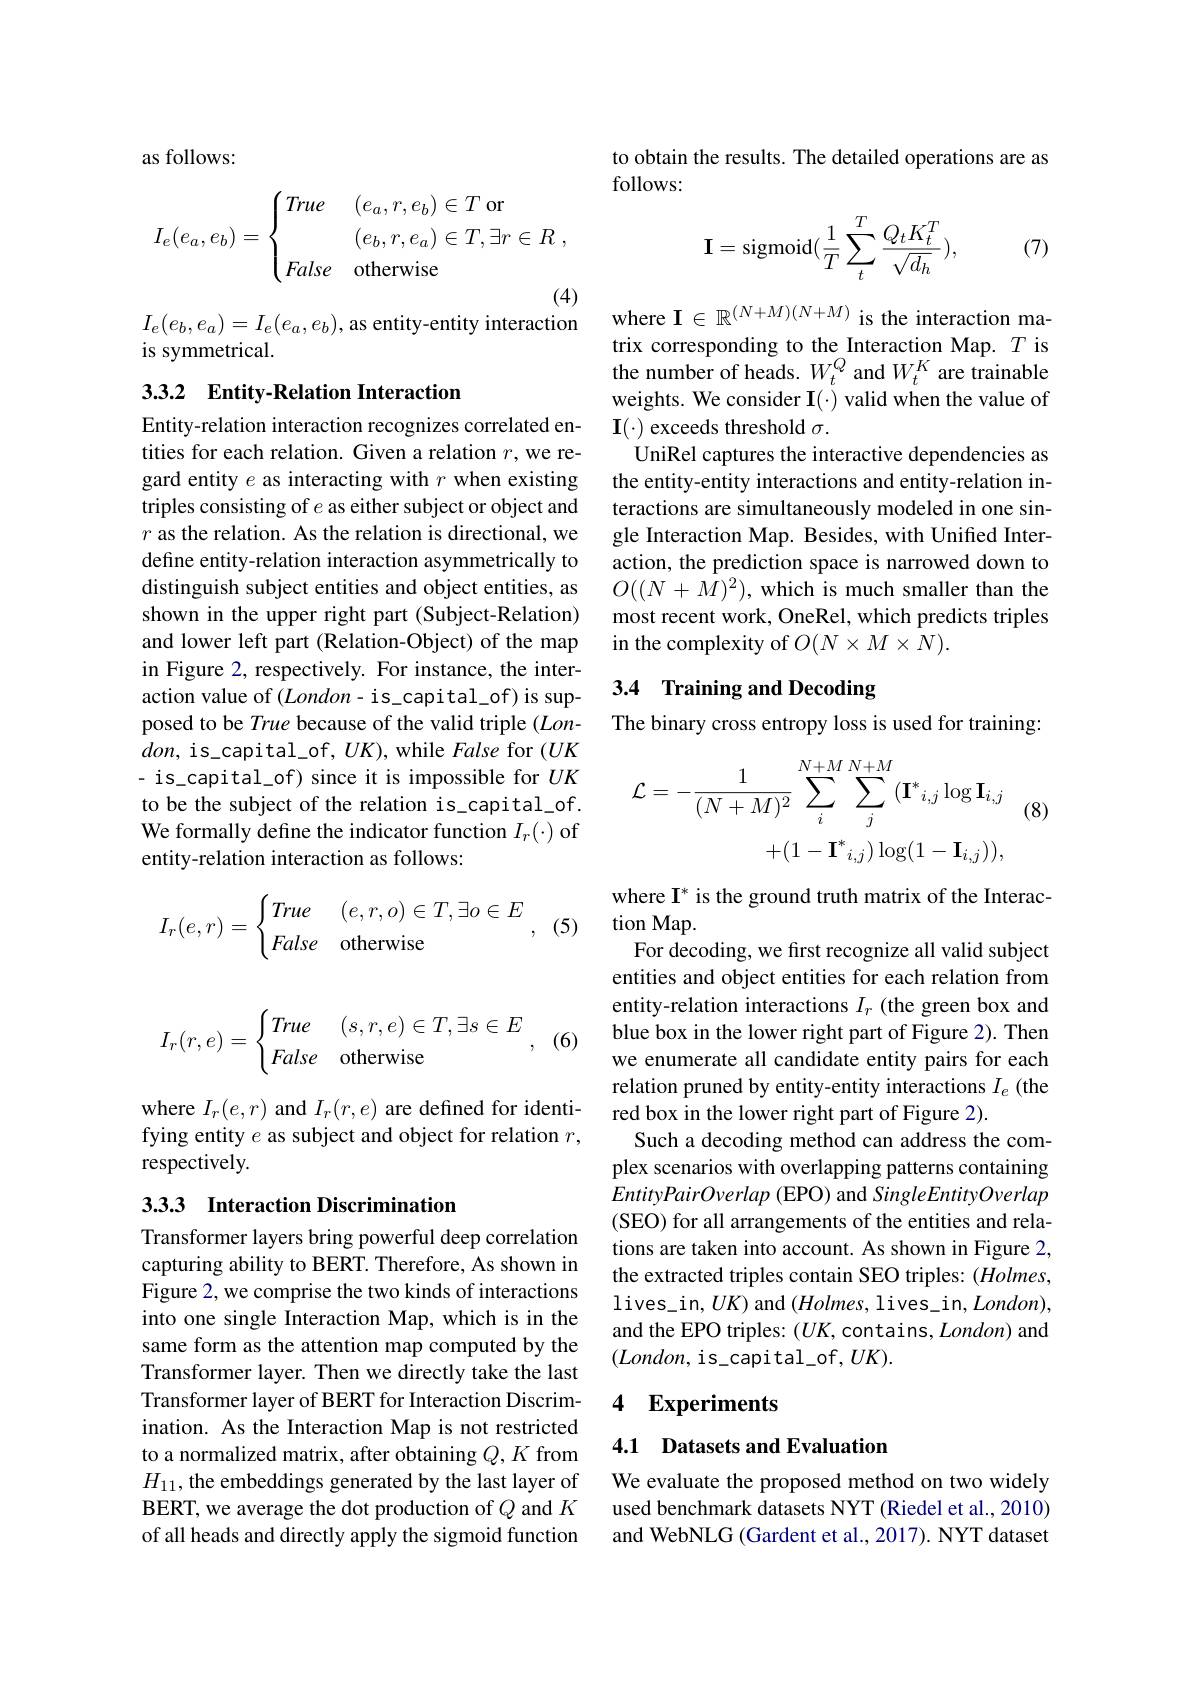
as follows:

$\begin{aligned}&I_{e}(e_{b},e_{a})=I_{e}(e_{a},e_{b}),\text{as entity-entity interaction}\:&\text{where I}\in\mathbb{R}^{(N+M)(N+M)}\text{ is the interaction ma-}\\&\text{is symmetrical.}&&\text{trix corresponding to the Interaction Map.}T\text{ is}\\&\text{the number of heads. }W_{t}^{Q}\text{ and }W_{t}^{K}\text{ are tr}\end{aligned}$

## 3.3.2 Entity-Relation Interaction

Entity-relation interaction recognizes correlated entities for each relation. Given a relation $r$,we regard entity $e$ as interacting with $r$ when existing triples consisting of $e$ as either subject or object and $r$ as the relation. As the relation is directional, we define entity-relation interaction asymmetrically to distinguish subject entities and object entities, as shown in the upper right part (Subject-Relation) and lower left part (Relation-Object) of the map in Figure 2, respectively. For instance, the interaction value of $(London-$is\_capital\_of)is supposed to be True because of the valid triple $(Lon-$ $don$, is\_capital\_of, $UK)$, while False for $(UK$ - is\_capital\_of) since it is impossible for $UK$ to be the subject of the relation is\_capital\_of. We formally define the indicator function $I_r(\cdot)$ of entity-relation interaction as follows:
$$I_r(e,r)=\begin{cases}True&(e,r,o)\in T,\exists o\in E\\False&\text{otherwise}\end{cases},$$
(5)
$$I_r(r,e)=\begin{cases}True&(s,r,e)\in T,\exists s\in E\\False&\text{otherwise}\end{cases},$$
where $I_{r}(e,r)$ and $I_{r}(r,e)$ are defined for identifying entity $e$ as subject and object for relation $r$, respectively.

## 3.3.3 Interaction Discrimination

Transformer layers bring powerful deep correlation capturing ability to BERT. Therefore, As shown in Figure 2, we comprise the two kinds of interactions into one single Interaction Map, which is in the same form as the attention map computed by the Transformer layer. Then we directly take the last Transformer layer of BERT for Interaction Discrimination. As the Interaction Map is not restricted to a normalized matrix, after obtaining $Q,K$ from $H_{11}$, the embeddings generated by the last layer of BERT, we average the dot production of $Q$ and $K$ of all heads and directly apply the sigmoid function

to obtain the results. The detailed operations are as
$$I_e(e_a,e_b)=\begin{cases}True&(e_a,r,e_b)\in T\text{ or}\\&(e_b,r,e_a)\in T,\exists r\in R\:,\\False&\text{otherwise}\end{cases}\text{follows:}\\\mathbf{I}=\mathrm{sigmoid}(\frac{1}{T}\sum_{t}^{T}\frac{Q_{t}K_{t}^{T}}{\sqrt{d_{h}}}),$$
(7)

the number of heads. $W_t^Q$ and $W_t^K$ are trainable weights. We consider I(-) valid when the value of $I(\cdot) exceeds threshold \sigma.$
UniRel captures the interactive dependencies as the entity-entity interactions and entity-relation interactions are simultaneously modeled in one single Interaction Map. Besides, with Unified Interaction, the prediction space is narrowed down to $O((N+\bar{M})^2)$, which is much smaller than the most recent work, OneRel, which predicts triples in the complexity of $O(N\times M\times N).$

# 3.4 Training and Decoding

The binary cross entropy loss is used for training:
$$\mathcal{L}=-\frac{1}{(N+M)^{2}}\sum_{i}^{N+M}\sum_{j}^{N+M}(\mathbf{I}^{*}{}_{i,j}\log\mathbf{I}_{i,j}\\+(1-\mathbf{I}^{*}{}_{i,j})\log(1-\mathbf{I}_{i,j})),$$
(8)

where I* is the ground truth matrix of the Interac-
tion Map.
For decoding, we first recognize all valid subject entities and object entities for each relation from entity-relation interactions $I_r$ (the green box and blue box in the lower right part of Figure 2). Then we enumerate all candidate entity pairs for each relation pruned by entity-entity interactions $I_e$ (the red box in the lower right part of Figure 2).
Such a decoding method can address the complex scenarios with overlapping patterns containing EntityPairOverlap ( EPO) and SingleEntityOverlap (SEO) for all arrangements of the entities and relations are taken into account. As shown in Figure 2, the extracted triples contain SEO triples: (Holmes, lives\_in, $UK)$ and $(Holmes$, lives\_in$,London)$, and the EPO triples: $(UK$,contains, London) and $(London$,is\_capital\_of$,UK).$

## 4 Experiments

4.1 Datasets and Evaluation

We evaluate the proposed method on two widely used benchmark datasets NYT (Riedel et al., 2010) and WebNLG (Gardent et al., 2017). NYT dataset